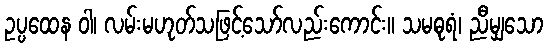
ဥပ္ပထေန ဝါ၊ လမ်းမဟုတ်သဖြင့်သော်လည်းကောင်း။ သမဓုရံ၊ ညီမျှသော